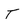
Character: t